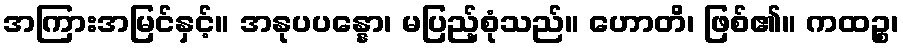
အကြားအမြင်နှင့်။ အနုပပန္နော၊ မပြည့်စုံသည်။ ဟောတိ၊ ဖြစ်၏။ ကထဉ္စ၊